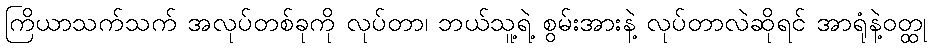
ကြိယာသက်သက် အလုပ်တစ်ခုကို လုပ်တာ၊ ဘယ်သူ့ရဲ့ စွမ်းအားနဲ့ လုပ်တာလဲဆိုရင် အာရုံနဲ့ဝတ္ထု